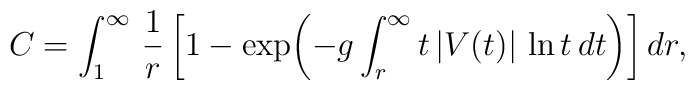
C=\int_1^{\infty}\,{1\over r}\,\biggl[1-\exp\biggl(-g\int_r^{\infty}t\,|V(t)|\,\ln t\,dt\biggr)\biggr]\,dr,